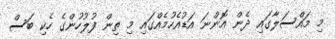
މި މައްސަލާގައި ދެން އޮންނަ އަޑުއެހުމެއްގައި މި ތިން ފުލުހުންގެ ހެކި ބަސް